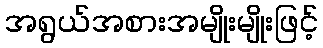
အရွယ်အစားအမျိုးမျိုးဖြင့်